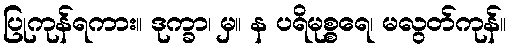
ပြုကုန်ရကား။ ဒုက္ခာ၊ မှ။ န ပရိမုစ္စရေ၊ မလွတ်ကုန်။